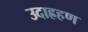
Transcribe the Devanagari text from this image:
उदाह्रहण